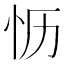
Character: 𪫡